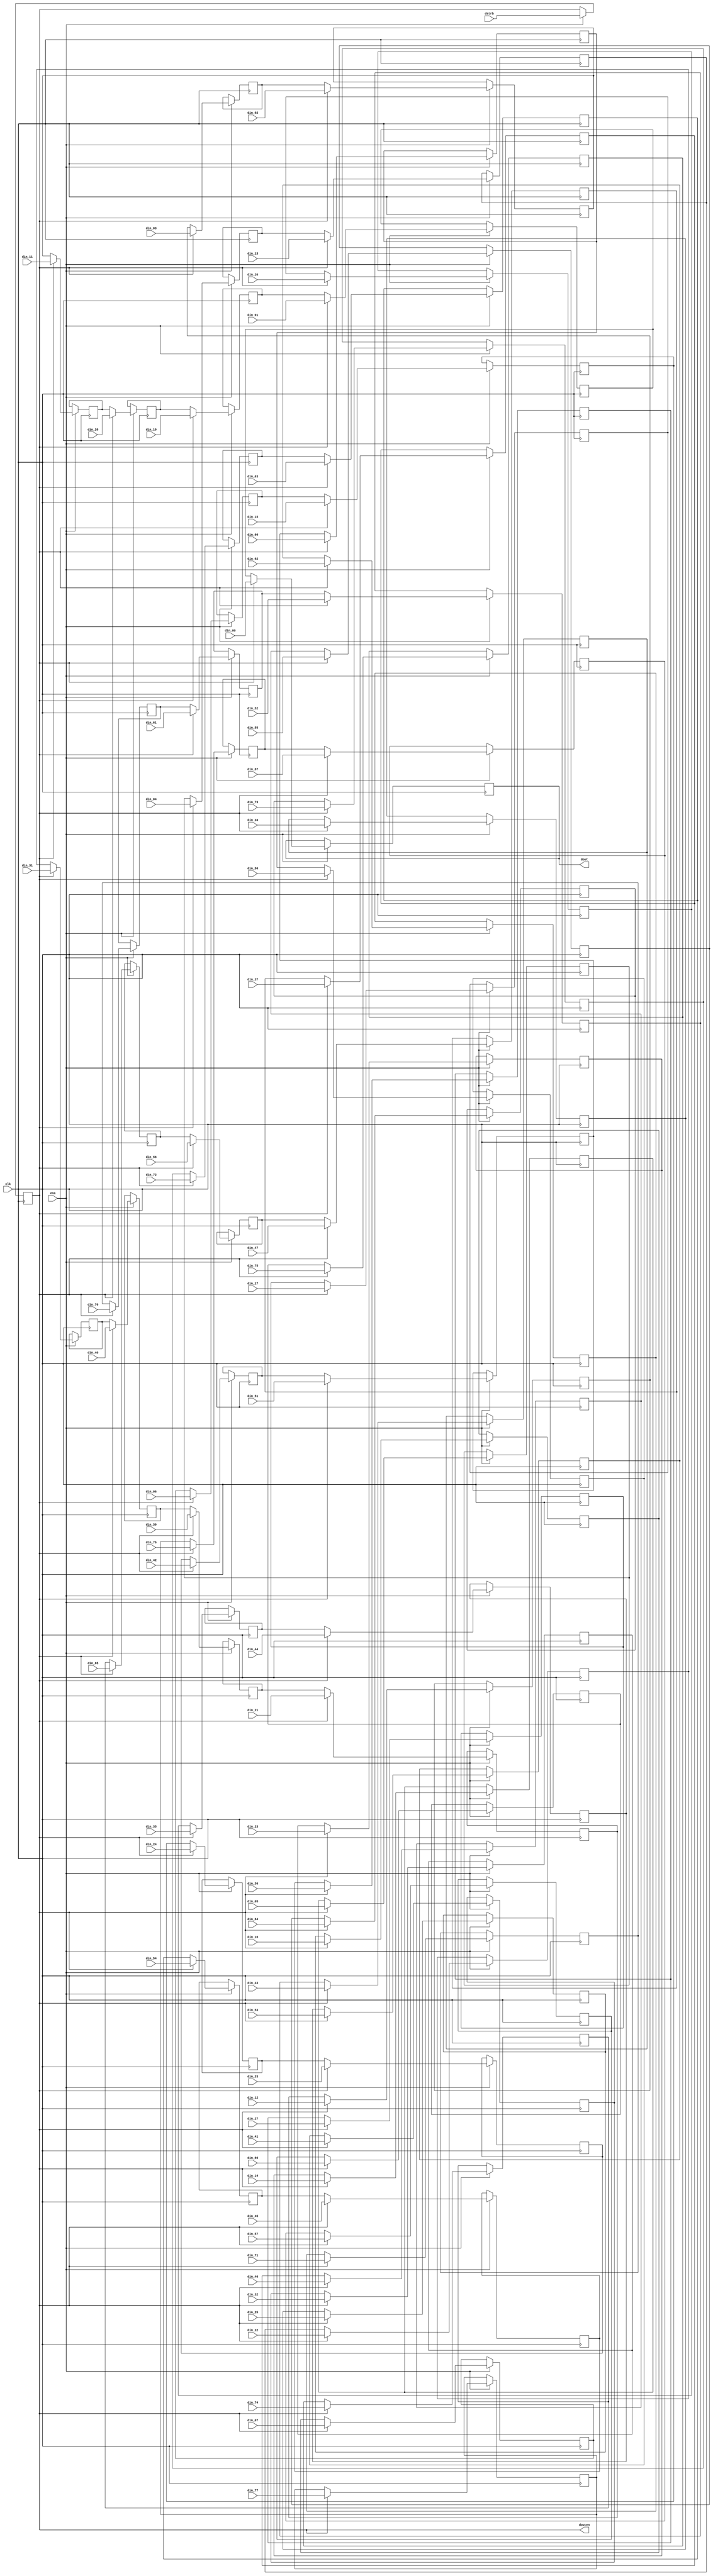
// This program was cloned from: https://github.com/NYU-MLDA/OpenABC
// License: BSD 3-Clause "New" or "Revised" License

module zigzag(
	clk,
	ena,
	dstrb,
	din_00, din_01, din_02, din_03, din_04, din_05, din_06, din_07,
	din_10, din_11, din_12, din_13, din_14, din_15, din_16, din_17,
	din_20, din_21, din_22, din_23, din_24, din_25, din_26, din_27,
	din_30, din_31, din_32, din_33, din_34, din_35, din_36, din_37,
	din_40, din_41, din_42, din_43, din_44, din_45, din_46, din_47,
	din_50, din_51, din_52, din_53, din_54, din_55, din_56, din_57,
	din_60, din_61, din_62, din_63, din_64, din_65, din_66, din_67,
	din_70, din_71, din_72, din_73, din_74, din_75, din_76, din_77,
	dout,
	douten
);

	//
	// inputs & outputs
	//

	input clk;                    // system clock
	input ena;                    // clock enable

	input dstrb;                  // data-strobe. Present dstrb 1clk-cycle before data block
	input [11:0]
		din_00, din_01, din_02, din_03, din_04, din_05, din_06, din_07,
		din_10, din_11, din_12, din_13, din_14, din_15, din_16, din_17,
		din_20, din_21, din_22, din_23, din_24, din_25, din_26, din_27,
		din_30, din_31, din_32, din_33, din_34, din_35, din_36, din_37,
		din_40, din_41, din_42, din_43, din_44, din_45, din_46, din_47,
		din_50, din_51, din_52, din_53, din_54, din_55, din_56, din_57,
		din_60, din_61, din_62, din_63, din_64, din_65, din_66, din_67,
		din_70, din_71, din_72, din_73, din_74, din_75, din_76, din_77;
	output [11:0] dout;
	output        douten; // data-out enable

	//
	// variables
	//

	reg ld_zigzag;
	reg [11:0] sresult [63:0]; // store results for zig-zagging

	//
	// module body
	//

	always @(posedge clk)
	  if(ena)
	    ld_zigzag <= #1 dstrb;

	assign douten = ld_zigzag;


	//
	// Generate zig-zag structure
	//
	// This implicates that the quantization step be performed after
	// the zig-zagging.
	//
	//    0: 1: 2: 3: 4: 5: 6: 7:		0: 1: 2: 3: 4: 5: 6: 7:
	// 0: 63 62 58 57 49 48 36 35		3f 3e 3a 39 31 30 24 23
	// 1: 61 59 56 50 47 37 34 21		3d 3b 38 32 2f 25 22 15
	// 2: 60 55 51 46 38 33 22 20		3c 37 33 2e 26 21 16 14
	// 3: 54 52 45 39 32 23 19 10		36 34 2d 27 20 17 13 0a
	// 4: 53 44 40 31 24 18 11 09		35 2c 28 1f 18 12 0b 09
	// 5: 43 41 30 25 17 12 08 03		2b 29 1e 19 11 0c 08 03
	// 6: 42 29 26 16 13 07 04 02		2a 1d 1a 10 0d 07 04 02
	// 7: 28 27 15 14 06 05 01 00		1c 1b 0f 0e 06 05 01 00
	//
	// zig-zag the DCT results
	integer n;

	always @(posedge clk)
	  if(ena)
	    if(ld_zigzag)   // reload results-register file
	    begin
	        sresult[63] <= #1 din_00;
	        sresult[62] <= #1 din_01;
	        sresult[61] <= #1 din_10;
	        sresult[60] <= #1 din_20;
	        sresult[59] <= #1 din_11;
	        sresult[58] <= #1 din_02;
	        sresult[57] <= #1 din_03;
	        sresult[56] <= #1 din_12;
	        sresult[55] <= #1 din_21;
	        sresult[54] <= #1 din_30;
	        sresult[53] <= #1 din_40;
	        sresult[52] <= #1 din_31;
	        sresult[51] <= #1 din_22;
	        sresult[50] <= #1 din_13;
	        sresult[49] <= #1 din_04;
	        sresult[48] <= #1 din_05;
	        sresult[47] <= #1 din_14;
	        sresult[46] <= #1 din_23;
	        sresult[45] <= #1 din_32;
	        sresult[44] <= #1 din_41;
	        sresult[43] <= #1 din_50;
	        sresult[42] <= #1 din_60;
	        sresult[41] <= #1 din_51;
	        sresult[40] <= #1 din_42;
	        sresult[39] <= #1 din_33;
	        sresult[38] <= #1 din_24;
	        sresult[37] <= #1 din_15;
	        sresult[36] <= #1 din_06;
	        sresult[35] <= #1 din_07;
	        sresult[34] <= #1 din_16;
	        sresult[33] <= #1 din_25;
	        sresult[32] <= #1 din_34;
	        sresult[31] <= #1 din_43;
	        sresult[30] <= #1 din_52;
	        sresult[29] <= #1 din_61;
	        sresult[28] <= #1 din_70;
	        sresult[27] <= #1 din_71;
	        sresult[26] <= #1 din_62;
	        sresult[25] <= #1 din_53;
	        sresult[24] <= #1 din_44;
	        sresult[23] <= #1 din_35;
	        sresult[22] <= #1 din_26;
	        sresult[21] <= #1 din_17;
	        sresult[20] <= #1 din_27;
	        sresult[19] <= #1 din_36;
	        sresult[18] <= #1 din_45;
	        sresult[17] <= #1 din_54;
	        sresult[16] <= #1 din_63;
	        sresult[15] <= #1 din_72;
	        sresult[14] <= #1 din_73;
	        sresult[13] <= #1 din_64;
	        sresult[12] <= #1 din_55;
	        sresult[11] <= #1 din_46;
	        sresult[10] <= #1 din_37;
	        sresult[09] <= #1 din_47;
	        sresult[08] <= #1 din_56;
	        sresult[07] <= #1 din_65;
	        sresult[06] <= #1 din_74;
	        sresult[05] <= #1 din_75;
	        sresult[04] <= #1 din_66;
	        sresult[03] <= #1 din_57;
	        sresult[02] <= #1 din_67;
	        sresult[01] <= #1 din_76;
	        sresult[00] <= #1 din_77;
	    end
	  else       // shift results out
	    for (n=1; n<=63; n=n+1) // do not change sresult[0]
	       sresult[n] <= #1 sresult[n -1];

	assign dout = sresult[63];
endmodule